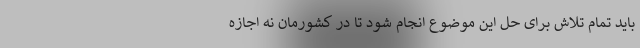
باید تمام تلاش برای حل این موضوع انجام شود تا در کشورمان نه اجازه